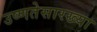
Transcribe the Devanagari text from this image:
उष्णतेसारख्या